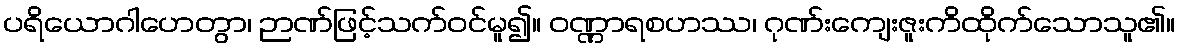
ပရိယောဂါဟေတွာ၊ ဉာဏ်ဖြင့်သက်ဝင်မူ၍။ ဝဏ္ဏာရစဟဿ၊ ဂုဏ်းကျေးဇူးကိထိုက်သောသူ၏။